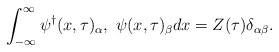
\begin{align*}\int^\infty_{-\infty}{\psi^\dag}(x,\tau)_\alpha,\ \psi(x,\tau)_\beta dx=Z(\tau)\delta_{\alpha\beta}.\end{align*}